Civil Veterinary Dept. North-West Frontier Province 1901-22 - 1901-1922
Year: 1901
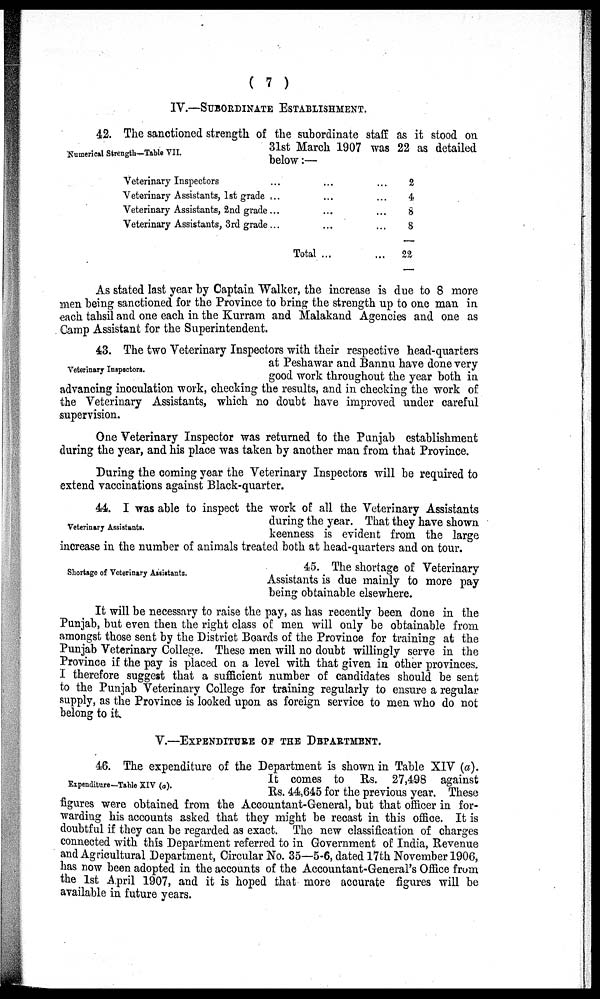
(7)
IV.—SUBORDINATE ESTABLISHMENT.
Numerical Strength—Table VII.
42. The sanctioned strength of the subordinate staff as it stood on
31st March 1907 was 22 as detailed
below:—
Veterinary Inspectors ...
Veterinary Assistants, 1st grade ...
Veterinary Assistants, 2nd grade ...
Veterinary Assistants, 3rd grade ...
...
...
...
...
Total ...
...
...
...
...
2
4
8
8
22
As stated last year by Captain Walker, the increase is due to 8 more
men being sanctioned for the Province to bring the strength up to one man in
each tahsil and one each in the Kurram and Malakand Agencies and one as
Camp Assistant for the Superintendent.
Veterinary Inspectors.
43. The two Veterinary Inspectors with their respective head-quarters
at Peshawar and Bannu have done very
good work throughout the year both in
advancing inoculation work, checking the results, and in checking the work of
the Veterinary Assistants, which no doubt have improved under careful
supervision.
One Veterinary Inspector was returned to the Punjab establishment
during the year, and his place was taken by another man from that Province.
During the coming year the Veterinary Inspectors will be required to
extend vaccinations against Black-quarter.
Veterinary Assistants.
44. I was able to inspect the work of all the Veterinary Assistants
during the year. That they have shown
keenness is evident from the large
increase in the number of animals treated both at head-quarters and on tour.
Shortage of Veterinary Assistants.
45. The shortage of Veterinary
Assistants is due mainly to more pay
being obtainable elsewhere.
It will be necessary to raise the pay, as has recently been done in the
Punjab, but even then the right class of men will only be obtainable from
amongst those sent by the District Boards of the Province for training at the
Punjab Veterinary College. These men will no doubt willingly serve in the
Province if the pay is placed on a level with that given in other provinces.
I therefore suggest that a sufficient number of candidates should be sent
to the Punjab Veterinary College for training regularly to ensure a regular
supply, as the Province is looked upon as foreign service to men who do not
belong to it
V.—EXPENDITURE OF THE DEPARTMENT.
Expenditure—Table XIV (a).
46. The expenditure of the Department is shown in Table XIV (a).
It comes to Rs. 27,498 against
Rs. 44,645 for the previous year. These
figures were obtained from the Accountant-General, but that officer in for-
warding his accounts asked that they might be recast in this office. It is
doubtful if they can be regarded as exact. The new classification of charges
connected with this Department referred to in Government of India, Revenue
and Agricultural Department, Circular No. 35—5-6, dated 17th November 1906,
has now been adopted in the accounts of the Accountant-General's Office from
the 1st April 1907, and it is hoped that more accurate figures will be
available in future years.